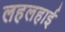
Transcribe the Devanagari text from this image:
लहलहाई